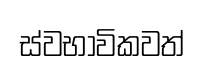
ස්වභාවිකවත්